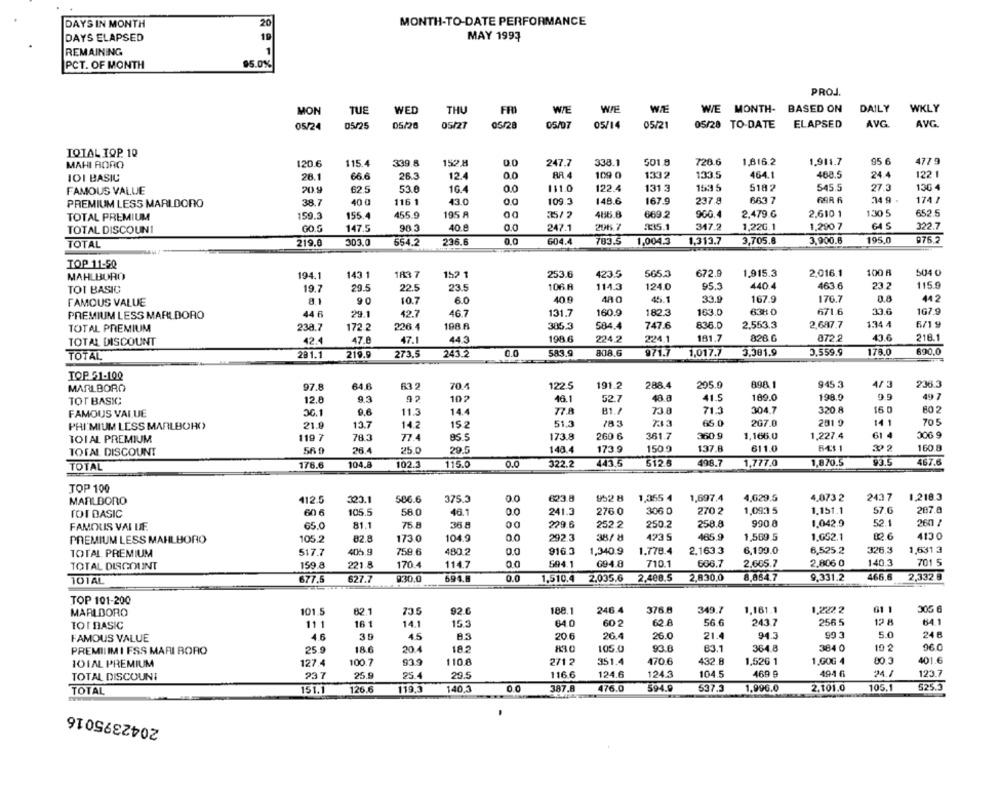
DAYS IN MONTH
20
MONTH-TO-DATE PERFORMANCE
DAYS ELAPSED
19
MAY 1993
REMAINING
1
95.0%
PCT. OF MONTH
PROJ.
MON
TUE
WED
THU
WIE
WIE
WE
WE MONTH- BASED ON
DAILY
WKLY
05/24
05/25
05/26
05/27
05/28
05/07
05/14
05/21
05/28 TO-DATE
ELAPSED
AVG
AVG
TOTAL IOP. 10
MAHI RORO
120.6
115.4
339.8
152 M
0.0
247.7
338.1
501.8
720.6
1,816.2
1,911.7
95 6
477 9
12.4
0.0
RA.4
109 0
1332
133.5
464.1
468.5
24.4
122 1
101 BASIC
28.1
66.6
26.3
FAMOUS VALUE
20 9
62.5
53.0
16.4
0.0
111.0
122.4
131 3
15:35
5182
545.5
27.3
130 4
GAR 6
34 9
174 /
PREMIUM LESS MARLDORO
38.7
40 0
116 1
43.0
109.3
148.6
167.9
237.8
663 7
159.3
155.4
455 9
195 A
35/ 2
486.8
669.2
900.
2.479.6
2.610 1
130 5
652.5
TOTAL PREMIUM
TOTAL DISCOUNI
GO.G
147.5
40.8
0.0
247.1
296.7
335.1
317.2
1,22G.1
1,290 7
64 S
322.7
TOTAL
219.0
303.0
654.2
236.6
0.0
604.4
783.5
1,004.3
1,313.7
3,705.8
3,900.6
195.0
976.2
TOP 11-50
MAHLBORO
194.1
143 1
1R3 7
152 1
253.6
423.5
565.3
672.9
1,915.3
2.016.1
100 A
504 0
106 A
114.3
124.0
95.3
440.4
463.6
23.2
115.9
TOI BASIC
19.7
29.5
22.5
23.5
FAMOUS VALUE
8.1
90
10.7
6.0
40 9
48 0
45.1
33.9
167.9
170.7
0.8
442
PREMIUM LESS MARLBORO
44 6
29.1
42.7
46.7
131.7
160.9
182.3
163.0
63H 0
671.6
33.6
167.9
198 A
747.6
836.0
2,553.3
2,687.7
1.34 4
6/1 9
TOTAL PREMIUM
238.7
172.2
226.4
305.3
584.4
TOTAL DISCOUNT
42.4
47.0
47.1
44.3
198.6
224.2
224.1
181.7
828.6
872.2
43.6
216.1
TOTAL
281.1
219.9
273.5
243.2
583.9
808.6
971.7
1,017.7
3.301.9
3,559.9
178.0
690.0
TOP 51-100
MARLBORO
97.8
64.6
70.4
122.5
191.2
288.4
205.9
898 1
945 3
4/ 3
236.3
9.9
49 7
TOT BASIC;
12.8
9.5
92
102
46.1
52.7
48.8
41.5
189.0
198.0
36.1
9.6
11.3
14.4
77.A
B1./
73 8
71.3
304.7
320.8
16 0
802
FAMOUS VALUE
70 5
PRI MIUM LESS MARLBORO
21.9
13.7
14.2
15.2
51.3
783
65.0
267.0
201 9
14.1
119 7
783
85 5
173.8
260 6
361.7
360.9
1,166.0
1,227.4
61 4
006 9
TOIAL PREMIUM
77.4
TOTAL DISCOUNT
56.0
26.4
25.0
29.5
148.4
173.9
150.9
137.8
611.0
160.8
TOTAL
176.6
104.8
102.3
115.0
0.0
322.2
443.5
512.6
498.7
1,777.0
1,870.5
93.5
467.6
TOP 100
323.1
586.6
375.3
00
623.8
952 8
1,355 4
1,697.4
4,629.5
4.073 2
243 7
1,218.3
MARLBORO
412.5
TOT BASIC
60 6
105.5
58.0
46.1
0.0
241.3
276.0
306 0
270 2
1.093 5
1.151.1
57.6
287.0
229.6
258.8
990 0
1.042.9
52.1
260 /
FAMOUS VAI DIF.
65.0
81.1
75 8
36.8
00
252.2
250.2
PREMIUM LESS MAHLBORO
105.2
82.8
173 0
104.9
00
292.3
38/ 8
423 5
465.9
1,569.5
1.652.1
12.6
4130
TOTAL PREMIUM
517.7
405.9
759.6
480.2
0.0
916.3
1,340.9
1.778.4
2.163.3
6,199.0
6,525.2
326.3
1,631 3
170.4
694.8
710.1
666.7
2.665.7
2.806 0
140.3
701 5
TOTAL DISCOUNT
159.8
221.8
114.7
0.0
694.1
9:30.0
694.
0.0
1.510.4
2.035.6
2,408.5
2,830.0
8,854.7
9.331.2
466.6
2,332.8
101AL
677.5
627.7
TOP 101-200
92 C
246.4
376.8
349.7
1,161.1
1,222 2
61 1
305 6
MARLBORO
101.5
82.1
73.5
188.1
TOT BASIC
11 1
16 1
14.1
15.3
64.0
60 2
62.8
56.6
243 7
256 5
12 8
641
99 3
5.0
24 8
FAMOUS VALUE
4.6
35
45
8.3
20.6
26.4
26.0
21.4
94.3
PREMIIIMI FSS MARI BORO
25.9
18.6
20.4
182
830
105.0
93.0
83.1
364.8
384 0
10 2
96 0
101AL PREMIUM
127.4
100.7
93.9
110.8
271 2
351.4
470.6
432.8
1.526 1
1.GOG 4
80.3
401.6
124.3
104.5
469 9
494 6
123.7
TOTAL DISCOUNI
237
25.9
25.4
29.5
116.6
124.6
151.1
126.6
119.3
140,3
0.0
387.8
476.0
594.9
637.3
1,996.0
2.101.0
105.
525.5
TOTAL
2042395016